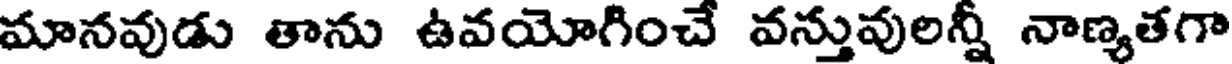
మానవుడు తాను ఉవయోగించే వన్తువులన్నీ నాణ్యతగా